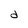
Character: d